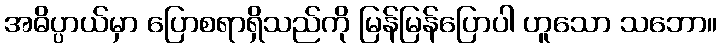
အဓိပ္ပာယ်မှာ ပြောစရာရှိသည်ကို မြန်မြန်ပြောပါ ဟူသော သဘော။